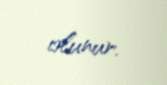
olunur.